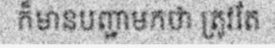
ក៏មានបញ្ជាមកថា ត្រូវតែ